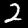
Label: 2